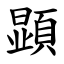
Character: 顕